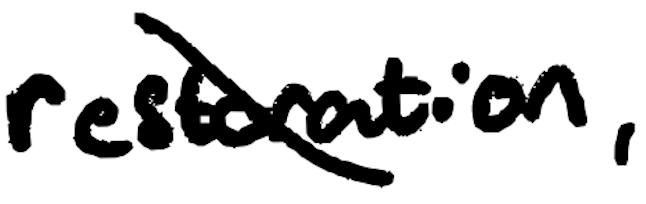
Text: restoration,
Cross-out: diagonal
Writing tool: digital_black